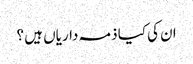
ان کی کیا ذمہ داریاں ہیں ؟